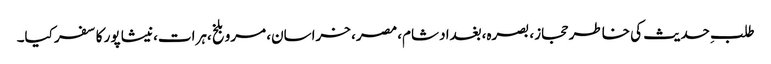
طلبِ حدیث کی خاطر حجاز، بصرہ،بغداد شام، مصر، خراسان، مرو بلخ،ہرات،نیشا پور کا سفر کیا۔